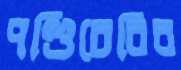
পণ্ডিচেরির